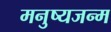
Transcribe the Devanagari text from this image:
मनुष्यजन्म